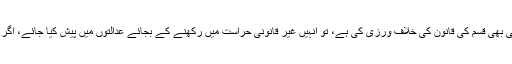
انہوں نے مزید کہا کہ اگرلاپتہ شیعہ افراد نے کسی بھی قسم کی قانون کی خلاف ورزی کی ہے، تو انہیں غیر قانونی حراست میں رکھنے کے بجائے عدالتوں میں پیش کیا جائے، اگر ان پر الزام ثابت نہیں ہوتے تو انہیں رہا کیا جائے۔